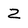
Character: z